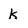
Character: k